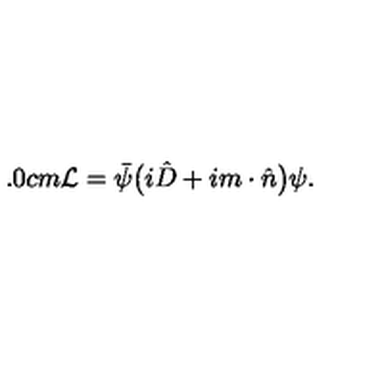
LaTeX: \hspace { 1 . 0 c m } { \cal L } = \bar { \psi } \big ( i \hat { D } + i m \cdot \hat { n } \big ) \psi .